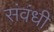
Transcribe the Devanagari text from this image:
संवंधी